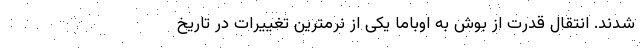
شدند. انتقال قدرت از بوش به اوباما یکی از نرمترین تغییرات در تاریخ